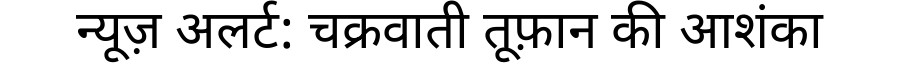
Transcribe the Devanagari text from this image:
न्यूज़ अलर्ट: चक्रवाती तूफ़ान की आशंका